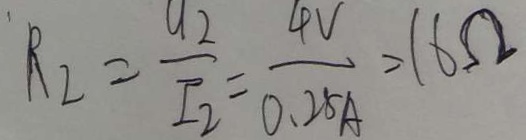
R _ { 2 } = \frac { U _ { 2 } } { I _ { 2 } } = \frac { 4 V } { 0 . 2 5 A } = 1 6 \Omega